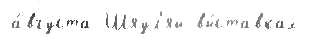
а́вгуста Шяул'яй вы́ставках